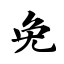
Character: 免